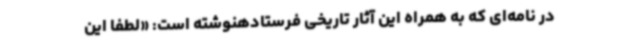
در نامه‌ای که به همراه این آثار تاریخی فرستادهنوشته است: «لطفا این